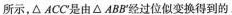
所示，\triangle ACC^{\prime}是由\triangle ABB^{\prime}经过位似变换得到的。